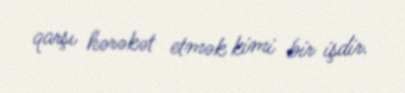
qarşı hərəkət etmək kimi bir işdir.